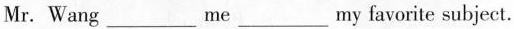
Mr. Wang ___ ___ me ___ ___ my favorite subject.